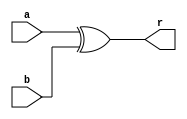
`timescale 1ns / 1ns
module XOR(
    input [31:0] a,
    input [31:0] b,
    output [31:0] r
    );
    assign r=a^b;
endmodule